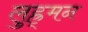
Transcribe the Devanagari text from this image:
लुह्र्मन